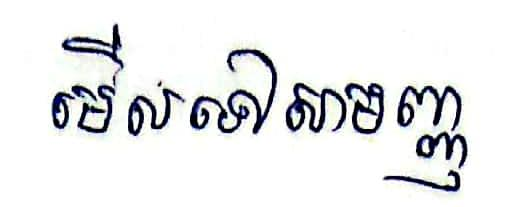
មើលទៅសាមញ្ញ